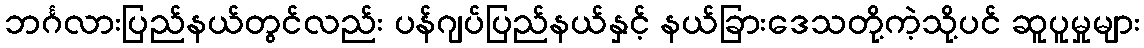
ဘင်္ဂလားပြည်နယ်တွင်လည်း ပန်ဂျပ်ပြည်နယ်နှင့် နယ်ခြားဒေသတို့ကဲ့သို့ပင် ဆူပူမှုများ